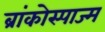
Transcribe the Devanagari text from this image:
ब्रांकोस्पाज्म